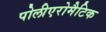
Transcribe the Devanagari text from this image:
पोलीएरोमैटिक